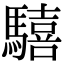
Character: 𩦇